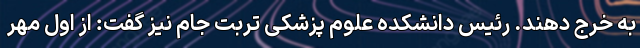
به خرج دهند. رئیس دانشکده علوم پزشکی تربت جام نیز گفت: از اول مهر